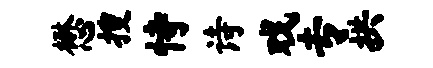
懋搜恃诗戏专拱